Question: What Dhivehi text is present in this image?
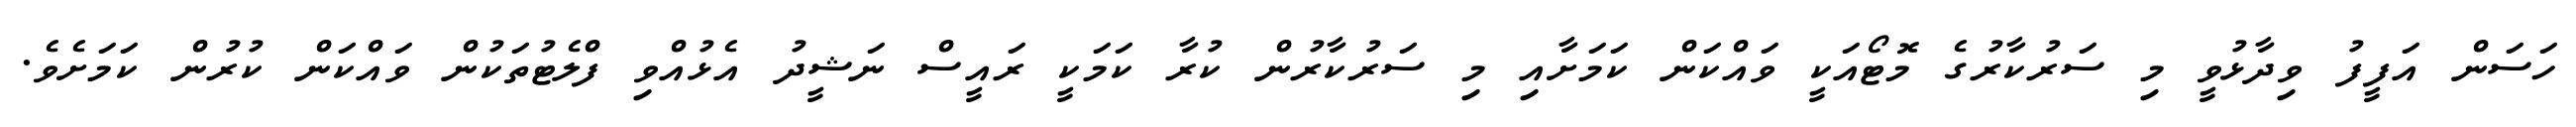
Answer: ހަސަން އަފީފު ވިދާޅުވީ މި ސަރުކާރުގެ މޮޓޯއަކީ ވައްކަން ކަމަށާއި މި ސަރުކާރުން ކުރާ ކަމަކީ ރައީސް ނަޝީދު އެޅުއްވި ފްލެޓުތަކުން ވައްކަން ކުރުން ކަމަށެވެ.